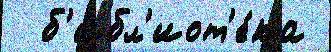
  б'ибл'иот'е́ка